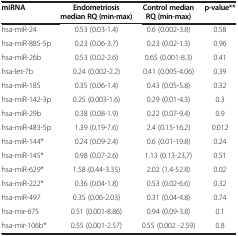
| miRNA | Endometriosis median RQ (min-max) | Control median RQ (min-max) | p-value** |
 | --- | --- | --- | --- |
 | hsa-miR-24 | 0.53 (0.03-1.4) | 0.6 (0.002-3.8) | 0.58 |
 | hsa-miR-885-5p | 0.23 (0.06-3.7) | 0.23 (0.02-1.3) | 0.96 |
 | hsa-miR-26b | 0.53 (0.02-2.6) | 0.65 (0.001-8.3) | 0.41 |
 | hsa-let-7b | 0.24 (0.002-2.2) | 0.41 (0.005-4.06) | 0.39 |
 | hsa-miR-185 | 0.35 (0.06-1.4) | 0.43 (0.05-5.8) | 0.32 |
 | hsa-miR-142-3p | 0.25 (0.003-1.6) | 0.29 (0.01-4.3) | 0.3 |
 | hsa-miR-29b | 0.38 (0.08-1.9) | 0.22 (0.07-9.4) | 0.9 |
 | hsa-miR-483-5p | 1.39 (0.19-7.6) | 2.4 (0.15-16.2) | 0.012 |
 | hsa-miR-144* | 0.24 (0.09-2.4) | 0.6 (0.01-19.8) | 0.24 |
 | hsa-miR-145* | 0.98 (0.07-2.6) | 1.13 (0.13-23,7) | 0.51 |
 | hsa-miR-629* | 1.58 (0.44-3.35) | 2.02 (1.4-52.8) | 0.02 |
 | hsa-miR-222* | 0.36 (0.04-1.8) | 0.53 (0.02-6.6) | 0.32 |
 | hsa-miR-497 | 0.35 (0.06-2.03) | 0.31 (0.04-4.8) | 0.74 |
 | hsa-mir-675 | 0.51 (0.001-8.86) | 0.94 (0.09-3.8) | 0.1 |
 | hsa-mir-106b* | 0.55 (0.001-2.57) | 0.55 (0.002 -2.59) | 0.8 |